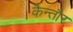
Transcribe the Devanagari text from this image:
कैन्तौर